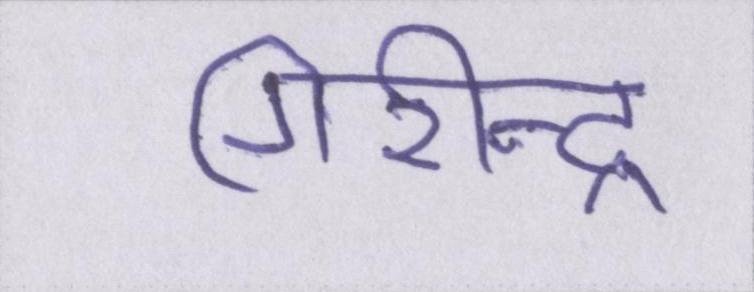
गिरीन्द्र